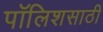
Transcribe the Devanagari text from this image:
पॉलिशसाठी